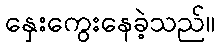
နှေးကွေးနေခဲ့သည်။